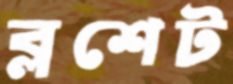
ব্লশেট